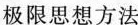
极限思想方法